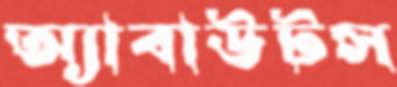
অ্যাবাউটস